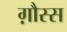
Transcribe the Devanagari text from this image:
ग़ौस्स